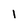
Character: 1